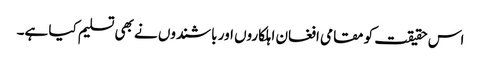
اس حقیقت کو مقامی افغان اہلکاروں اور باشندوں نے بھی تسلیم کیا ہے۔